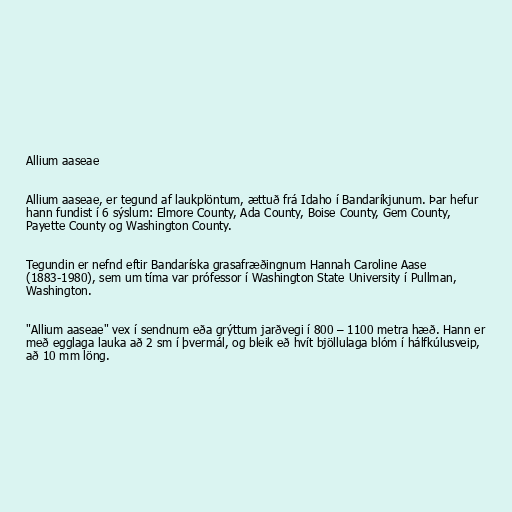
Allium aaseae

Allium aaseae, er tegund af laukplöntum, ættuð frá Idaho í Bandaríkjunum. Þar hefur
hann fundist í 6 sýslum: Elmore County, Ada County, Boise County, Gem County,
Payette County og Washington County.

Tegundin er nefnd eftir Bandaríska grasafræðingnum Hannah Caroline Aase
(1883-1980), sem um tíma var prófessor í Washington State University í Pullman,
Washington.

"Allium aaseae" vex í sendnum eða grýttum jarðvegi í 800 – 1100 metra hæð. Hann er
með egglaga lauka að 2 sm í þvermál, og bleik eð hvít bjöllulaga blóm í hálfkúlusveip,
að 10 mm löng.